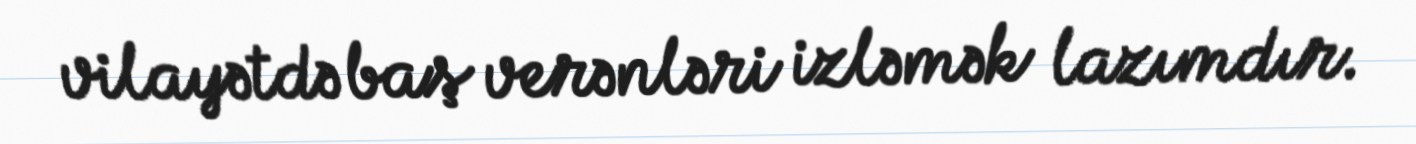
vilayətdə baş verənləri izləmək lazımdır.